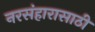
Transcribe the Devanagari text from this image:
नरसंहारासाठी